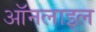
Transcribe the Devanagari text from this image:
ऑनलाइल